Annual administration report of the Civil Veterinary Department of India - 1910-1911
Year: 1910
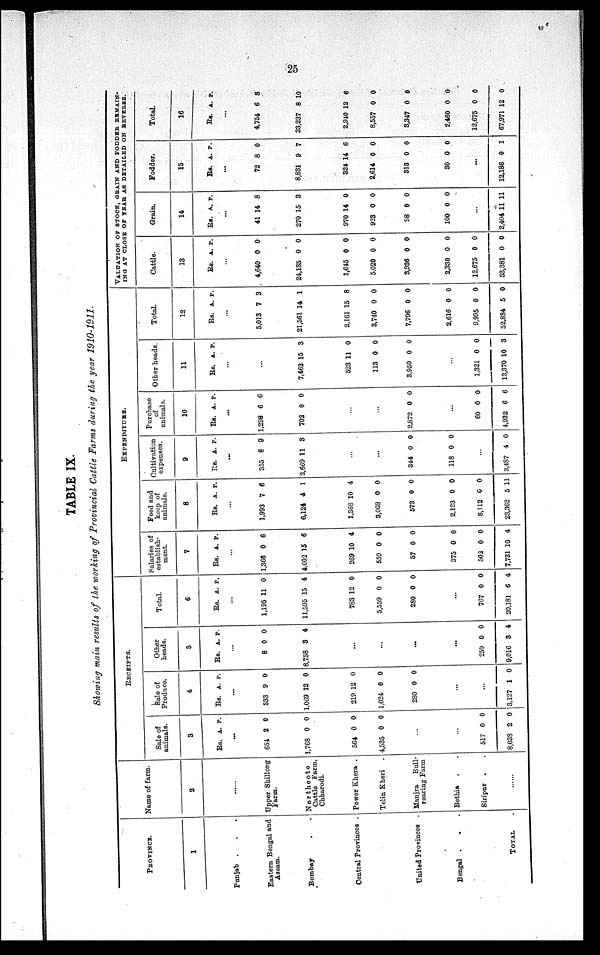
25
TABLE IX.
Showing main results of the working of Provincial Cattle Farms during the year 1910-1911.
PROVINCE.
1
Punjab . . .
Eastern Bengal and
Assam.
Bombay . .
Central Provinces .
United Provinces . .
Bengal . . .
TOTAL .
Name of farm.
2
......
Upper Shillong
Farm.
Northcote
Cattle Farm,
Chharodi.
Power Khera .
Telin Kheri
.
Manjra
Bull-
rearing Farm
Bethia . .
Siripur . .
......
RECEIPTS.
Sale of
animals.
3
Rs.
...
654
1,768
564
4,535
...
...
517
8,038
A.
2
0
0
0
0
2
P.
0
0
0
0
0
0
Sale of
Produce.
4
Rs.
...
533
1,069
219
1,024
280
...
...
3,127
A.
9
12
12
0
0
1
P.
0
0
0
0
0
0
Other
heads.
5
Rs.
...
8
8,758
...
...
...
...
250
9,016
A.
0
3
0
3
P.
0
4
0
4
Total.
6
Rs.
...
1,195
11,595
783
5,559
280
...
767
20,181
A.
11
15
12
0
0
0
6
P.
0
4
0
0
0
0
4
EXPENDITURE.
Salaries of
establish-
ment.
7
Rs.
...
1,366
4,602
269
559
57
375
503
7,731
A.
0
15
10
0
0
0
0
10
P.
6
6
4
0
0
0
0
4
Feed and
keep of
animals.
8
Rs.
...
1,993
6,124
1,368
3,068
573
2,123
8,112
23,362
A.
7
4
10
0
0
0
0
5
P.
6
1
4
0
0
0
0
11
Cultivation
expenses.
9
Rs.
...
355
2,669
...
...
344
118
...
3,487
A.
8
11
0
0
4
P.
9
3
0
0
0
Purchase
of
animals.
10
Rs.
...
1,298
702
...
...
2,872
...
60
4,932
A.
6
0
0
0
6
P.
6
0
0
0
6
Other heads.
11
Rs.
...
...
7,462
523
113
3,950
...
1,321
13,370
A.
15
11
0
0
0
10
P.
3
0
0
0
0
3
Total.
12
Rs.
...
5,013
21,561
2,161
3,740
7,796
2,616
9,995
52,884
A.
7
14
15
0
0
0
0
5
P.
3
1
8
0
0
0
0
0
VALUATION OF STOCK, GRAIN AND FODDER REMAIN-
ING AT CLOSE OF YEAR AS DETAILED ON REVERSE.
Cattle.
13
Rs.
...
4,640
24,135
1,645
5,020
3,936
2,330
12,675
53,381
A.
0
0
0
0
0
0
0
0
P.
0
0
0
0
0
0
0
0
Grain.
14
Rs.
...
41
270
970
923
98
100
...
2,404
A.
14
15
14
0
0
0
11
P.
8
3
0
0
0
0
11
Fodder.
15
Rs.
...
72
8,831
324
2,614
313
30
...
12,186
A.
8
9
14
0
0
0
0
P.
0
7
6
0
0
0
1
Total.
16
Rs.
...
4,754
33,237
2,940
8,557
3,347
2,460
12,675
67,971
A.
6
8
12
0
0
0
0
12
P.
8
10
6
0
0
0
0
0